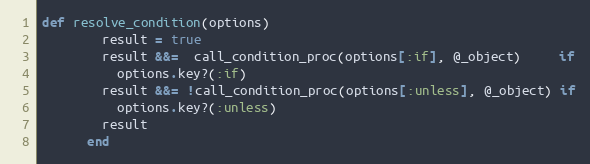
Language: Ruby
def resolve_condition(options)
        result = true
        result &&=  call_condition_proc(options[:if], @_object)     if
          options.key?(:if)
        result &&= !call_condition_proc(options[:unless], @_object) if
          options.key?(:unless)
        result
      end